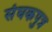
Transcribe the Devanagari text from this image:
संघकपुत्र